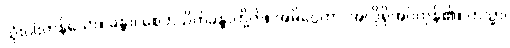
သုံးပါးကုန်သော။ ခန္ဓာ၊ စေတသိက်ခန္ဓာတို့ကို။ အဓိပ္ပေတာ၊ အလိုရှိအပ်ကုန်၏။ တသ္မာ၊